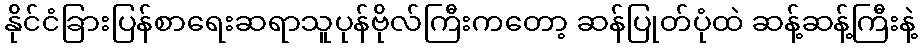
နိုင်ငံခြားပြန်စာရေးဆရာသူပုန်ဗိုလ်ကြီးကတော့ ဆန်ပြုတ်ပုံထဲ ဆန့်ဆန့်ကြီးနဲ့